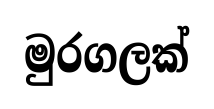
මුරගලක්